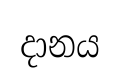
දානය